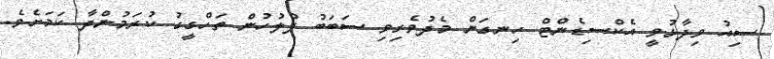
ސިއު ވިދާޅުވީ އެކްސިޑެންޓް ހިނގަން މެދުވެރިވި ސަބަބު ފުލުހުން ތަހްގީގު ކުރަމުންދާ ކަމަށެވެ.